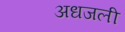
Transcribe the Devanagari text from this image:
अधजली